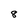
Character: 8